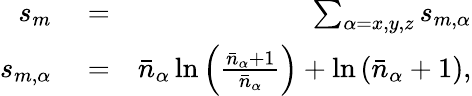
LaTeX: \begin{array}{rlr}{s_{m}}&{{}=}&{\sum_{\alpha=x,y,z}s_{m,\alpha}}\\ {s_{m,\alpha}}&{{}=}&{\bar{n}_{\alpha}\ln\left(\frac{\bar{n}_{\alpha}+1}{\bar{n}_{\alpha}}\right)+\ln\left(\bar{n}_{\alpha}+1\right),}\end{array}